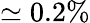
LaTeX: \simeq 0.2\%